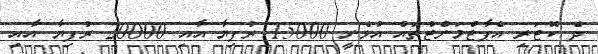
ދެ ކޮޓަރި އެޕާޓްމަންޓްތައް އުޅެނީ 15000 ރުފިޔާ އާއި 20000 ރުފިޔާ އާއި